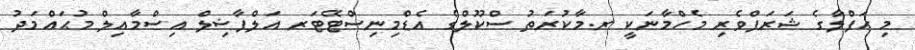
މި ހަފްލާގެ ޝަރަފްވެރި މެހްމާނަކީ ރ.މާކުރަތު ސްކޫލްގެ އެޑްމިނިސްޓޭޓަރ އަލްފާޟިލް އިސްމާއިލް މުޙައްމަދު